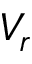
V _ { r }